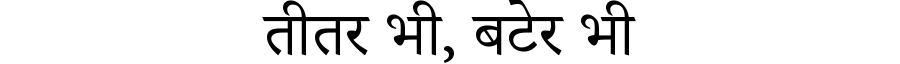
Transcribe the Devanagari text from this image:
तीतर भी, बटेर भी